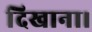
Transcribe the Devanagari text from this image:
दिखाना।